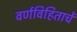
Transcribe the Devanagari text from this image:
वर्णविहिताचें